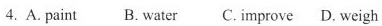
4. A. paint B. water C. improve D. weigh